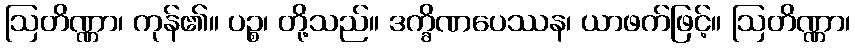
ဩတိဏ္ဏာ၊ ကုန်၏။ ပဉ္စ၊ တို့သည်။ ဒက္ခိဏပေဿန၊ ယာဖက်ဖြင့်။ ဩတိဏ္ဏာ၊